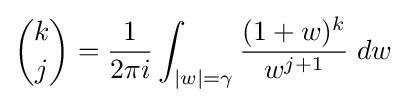
{k \choose j}={\frac {1}{2\pi i}}\int _{|w|=\gamma }{\frac {(1+w)^{k}}{w^{j+1}}}\;dw